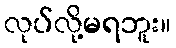
လုပ်လို့မရဘူး။